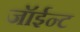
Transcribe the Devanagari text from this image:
जॉईन्ट